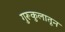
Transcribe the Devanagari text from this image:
गुरूकुलातून